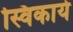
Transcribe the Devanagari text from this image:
स्विकार्य